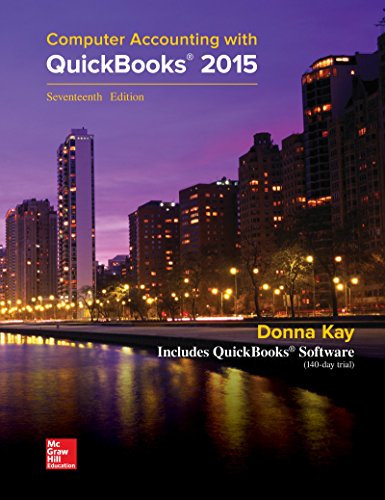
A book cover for Computer Accounting with QuickBooks 2015; Donna Kay; Computers & Technology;